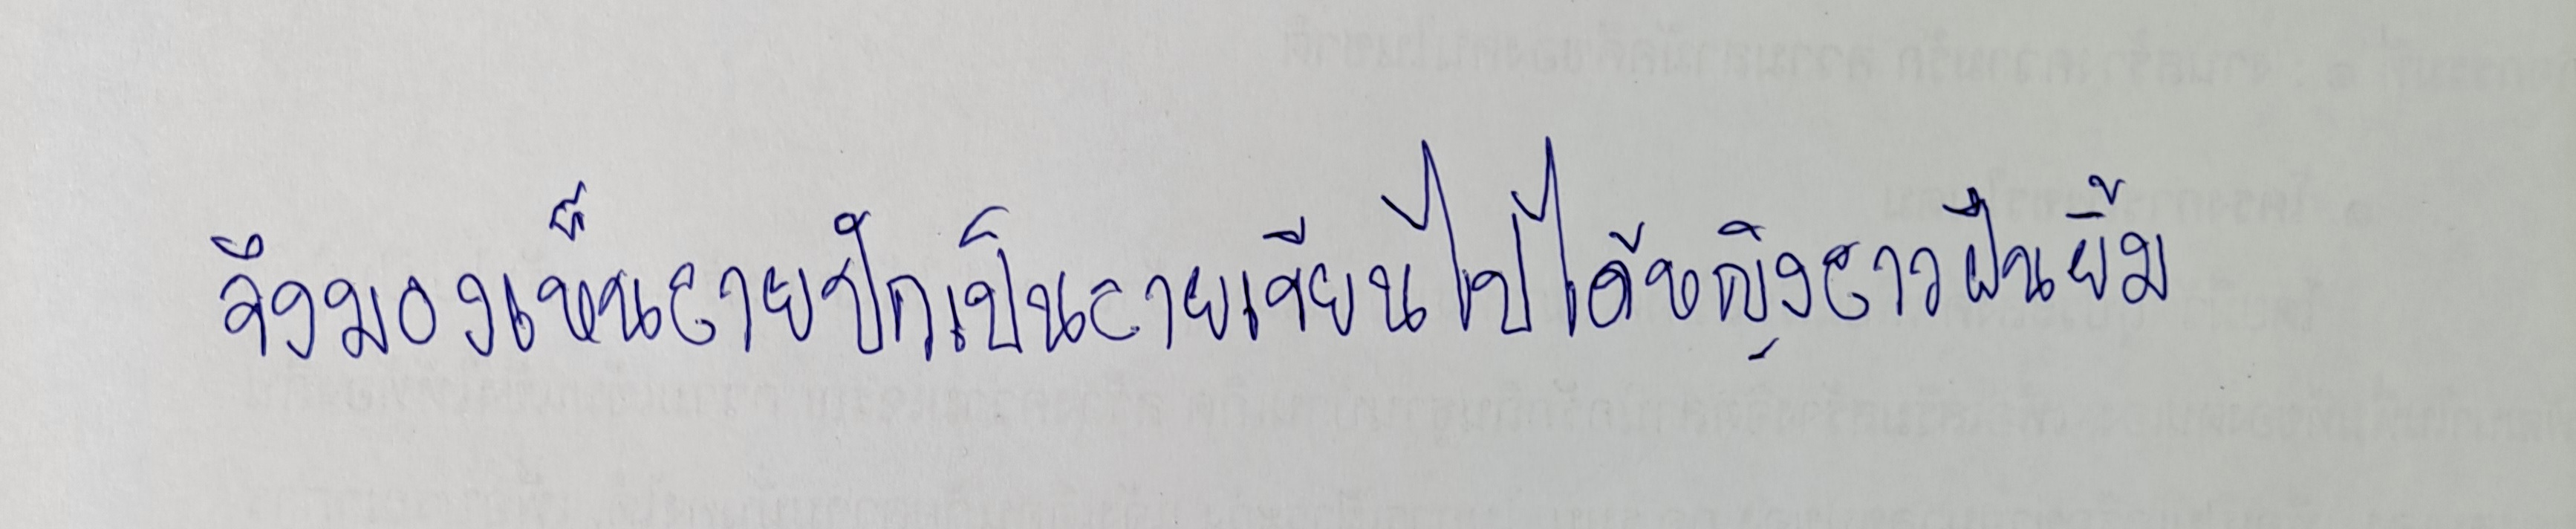
จึงมองเห็นลายปักเป็นลายเขียนไปได้หญิงสาวฝืนยิ้ม